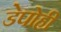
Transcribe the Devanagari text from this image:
डेपोही